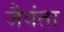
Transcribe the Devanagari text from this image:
जैवंता